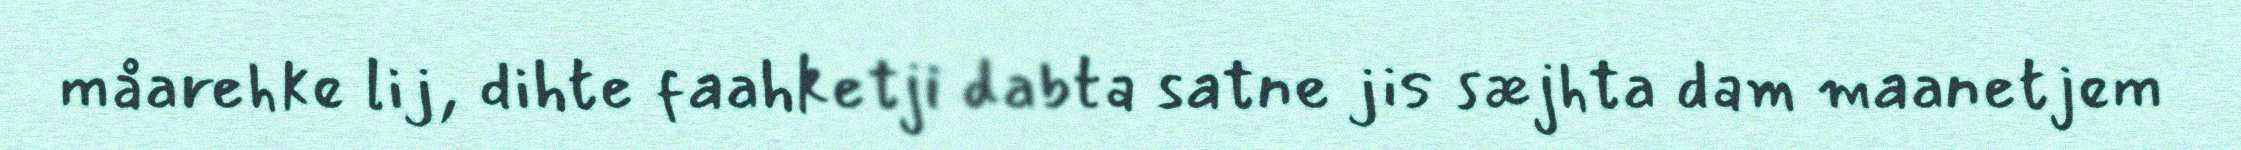
måarehke lij, dihte faahketji dabta satne jis sæjhta dam maanetjem